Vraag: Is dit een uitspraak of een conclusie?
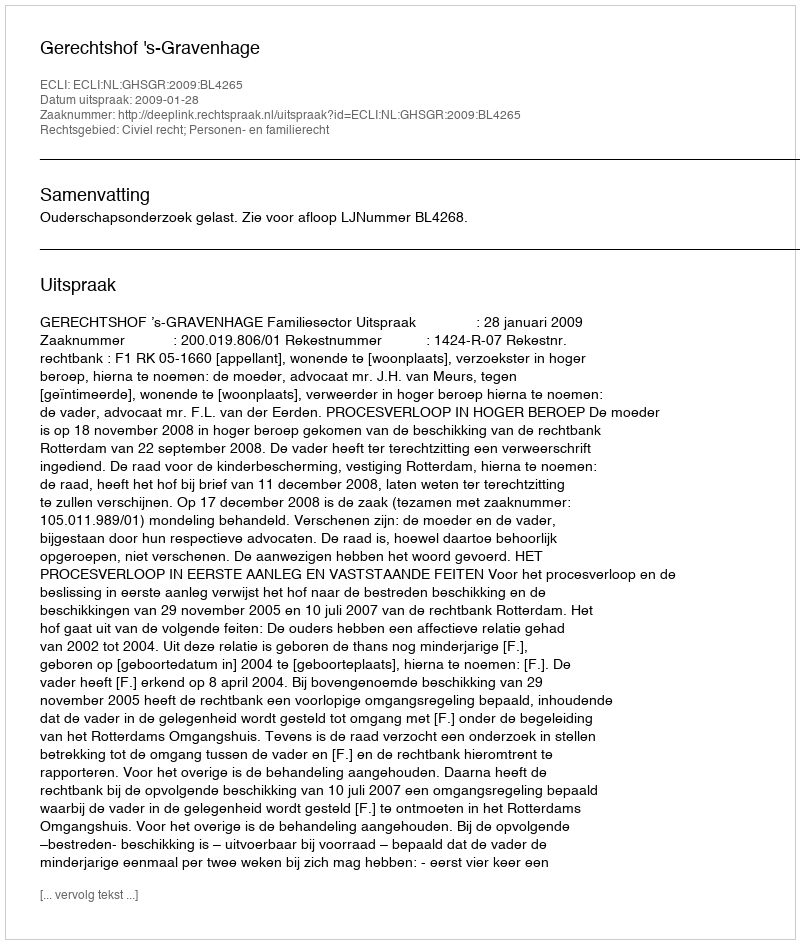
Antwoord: Uitspraak